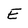
Character: E